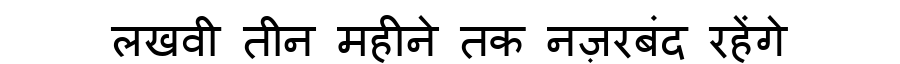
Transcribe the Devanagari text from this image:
लखवी तीन महीने तक नज़रबंद रहेंगे